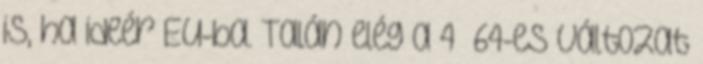
is, ha ideér EU-ba. Talán elég a 4 64-es változat